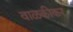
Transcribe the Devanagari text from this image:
वाळकीकर